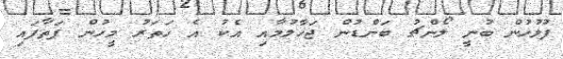
ފުލުހުން ބުނީ ލޯންޗު ބަންޑުން ޖަހާލުމާއި އެކު އެ ހަތަރު މީހުން ފަތާފައި